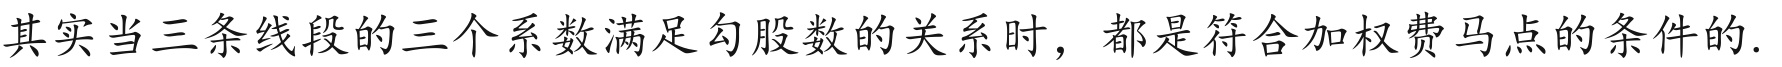
其实当三条线段的三个系数满足勾股数的关系时，都是符合加权费马点的条件的.